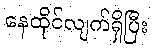
နေထိုင်လျက်ရှိပြီး